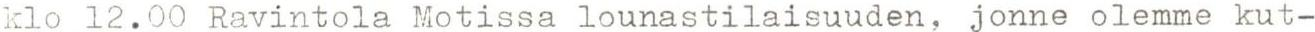
klo 12.00 Ravintola Motissa lounastilaisuuden, jonne olemme kut-